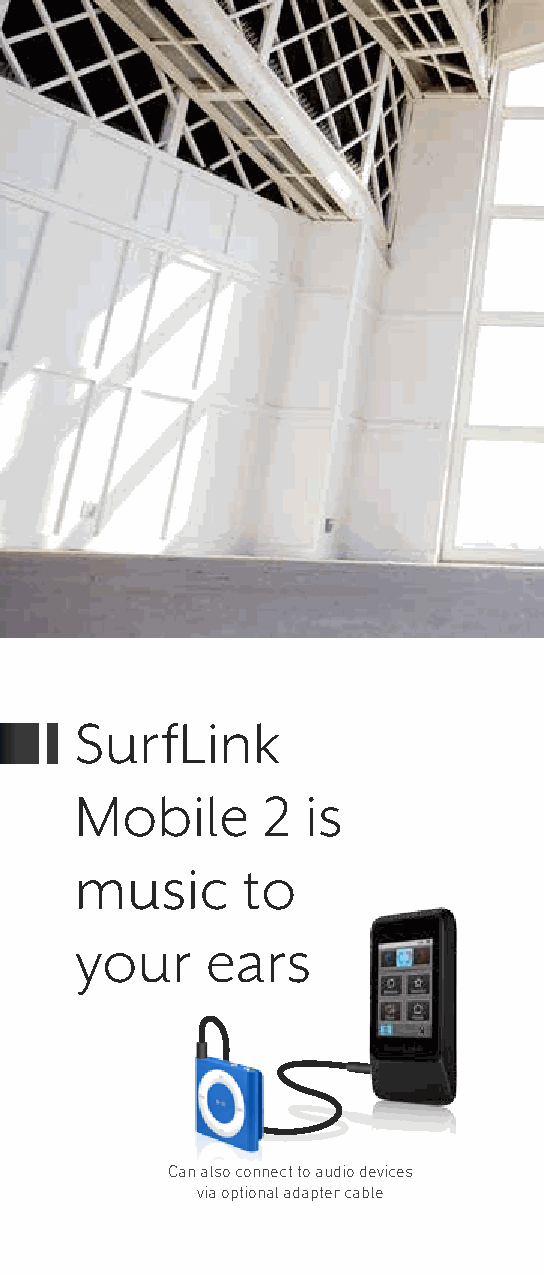
SurfLink
 Mobile      2  is
 music      to
 your     ears
 Can also connect to audio devices
 via optional adapter cable